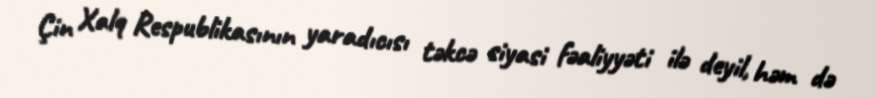
Çin Xalq Respublikasının yaradıcısı təkcə siyasi fəaliyyəti ilə deyil, həm də